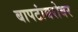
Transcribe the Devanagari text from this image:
बापटांबरोबर